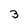
Character: 3